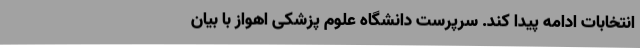
انتخابات ادامه پیدا کند. سرپرست دانشگاه علوم پزشکی اهواز با بیان